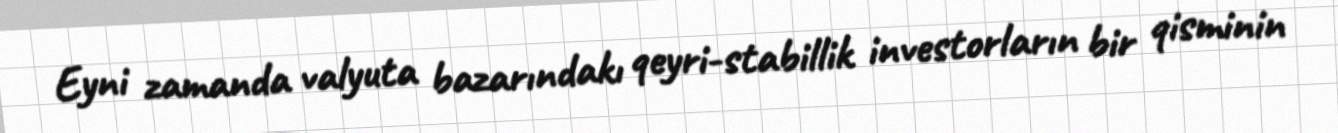
Eyni zamanda valyuta bazarındakı qeyri-stabillik investorların bir qisminin